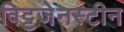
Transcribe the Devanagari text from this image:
विट्टजेनस्टीन